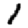
Digit: 1